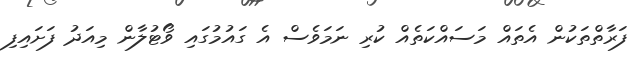
ފަރާތްތަކުން އެތައް މަސައްކަތެއް ކުރި ނަމަވެސް އެ ގައުމުގައި ވޯޓުލާން މިއަދު ފަށައިފި